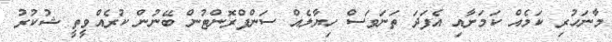
މާނަހުރި ކަމެއް ކަމަށާއި އެފަދަ ތަނަވަސް ހިޔާލެއް ސަންފްރޮންޓުން ބޭނުން ކުރެއްވީތީ ޝުކުރު